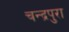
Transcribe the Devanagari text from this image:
चन्द्रपुरा